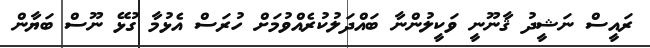
ރައީސް ނަޝީދު ޤާނޫނީ ވަކީލުންނާ ބައްދަލުކުރެއްވުމަށް ހުރަސް އެޅުމާ ގުޅޭ ނޫސް ބަޔާން